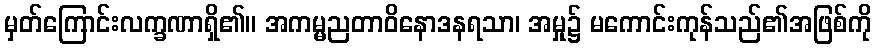
မှတ်ကြောင်းလက္ခဏာရှိ၏။ အကမ္မညတာဝိနောဒနရသာ၊ အမှု၌ မကောင်းကုန်သည်၏အဖြစ်ကို